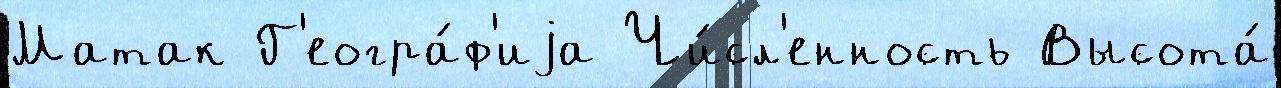
Матак Г'еогра́ф'иjа Чи́сл'енность Высота́